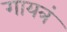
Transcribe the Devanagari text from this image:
गायत्रं